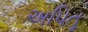
અપિતૂ